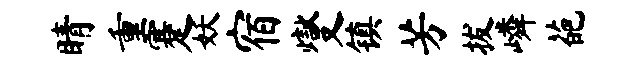
睛重蹇妖宿燮镇芳拔嶙葩